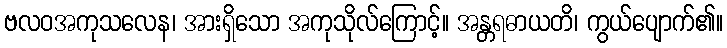
ဗလဝအကုသလေန၊ အားရှိသော အကုသိုလ်ကြောင့်။ အန္တရဓာယတိ၊ ကွယ်ပျောက်၏။